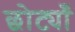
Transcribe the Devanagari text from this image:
छोट्याँ